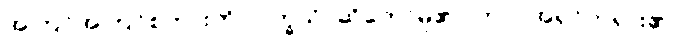
အကြင်အကြင်စကားကို။ ဝက္ခသိ၊ ဆိုတော်မူ၏။ တဝ၊ အရှင်ဘုရား၏။